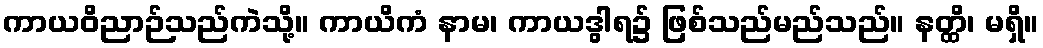
ကာယဝိညာဉ်သည်ကဲသို့။ ကာယိကံ နာမ၊ ကာယဒွါရ၌ ဖြစ်သည်မည်သည်။ နတ္ထိ၊ မရှိ။